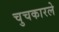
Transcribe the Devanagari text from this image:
चुचकारले